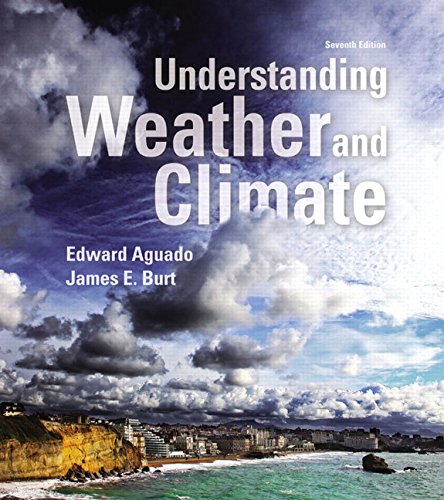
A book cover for Understanding Weather and Climate (7th Edition) (MasteringMeteorology Series); Edward Aguado; Science & Math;